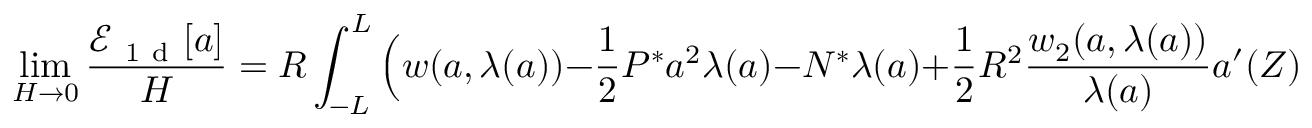
\operatorname* { l i m } _ { H \to 0 } \frac { \mathcal { E } _ { \mathrm { ~ 1 ~ d ~ } } [ { a } ] } { H } = R \int _ { - L } ^ { L } \Big ( w ( { a } , \lambda ( { a } ) ) - \frac { 1 } { 2 } P ^ { * } { a } ^ { 2 } \lambda ( { a } ) - N ^ { * } \lambda ( { a } ) + \frac { 1 } { 2 } R ^ { 2 } \frac { w _ { 2 } ( { a } , \lambda ( { a } ) ) } { \lambda ( { a } ) } { a } ^ { \prime } ( Z ) ^ { 2 } \Big ) \, d Z .